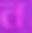
ন